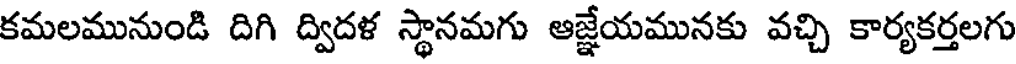
కమలమునుండి దిగి ద్విదళ స్థానమగు ఆజ్జేయమునకు వచ్చి కార్యకర్తలగు